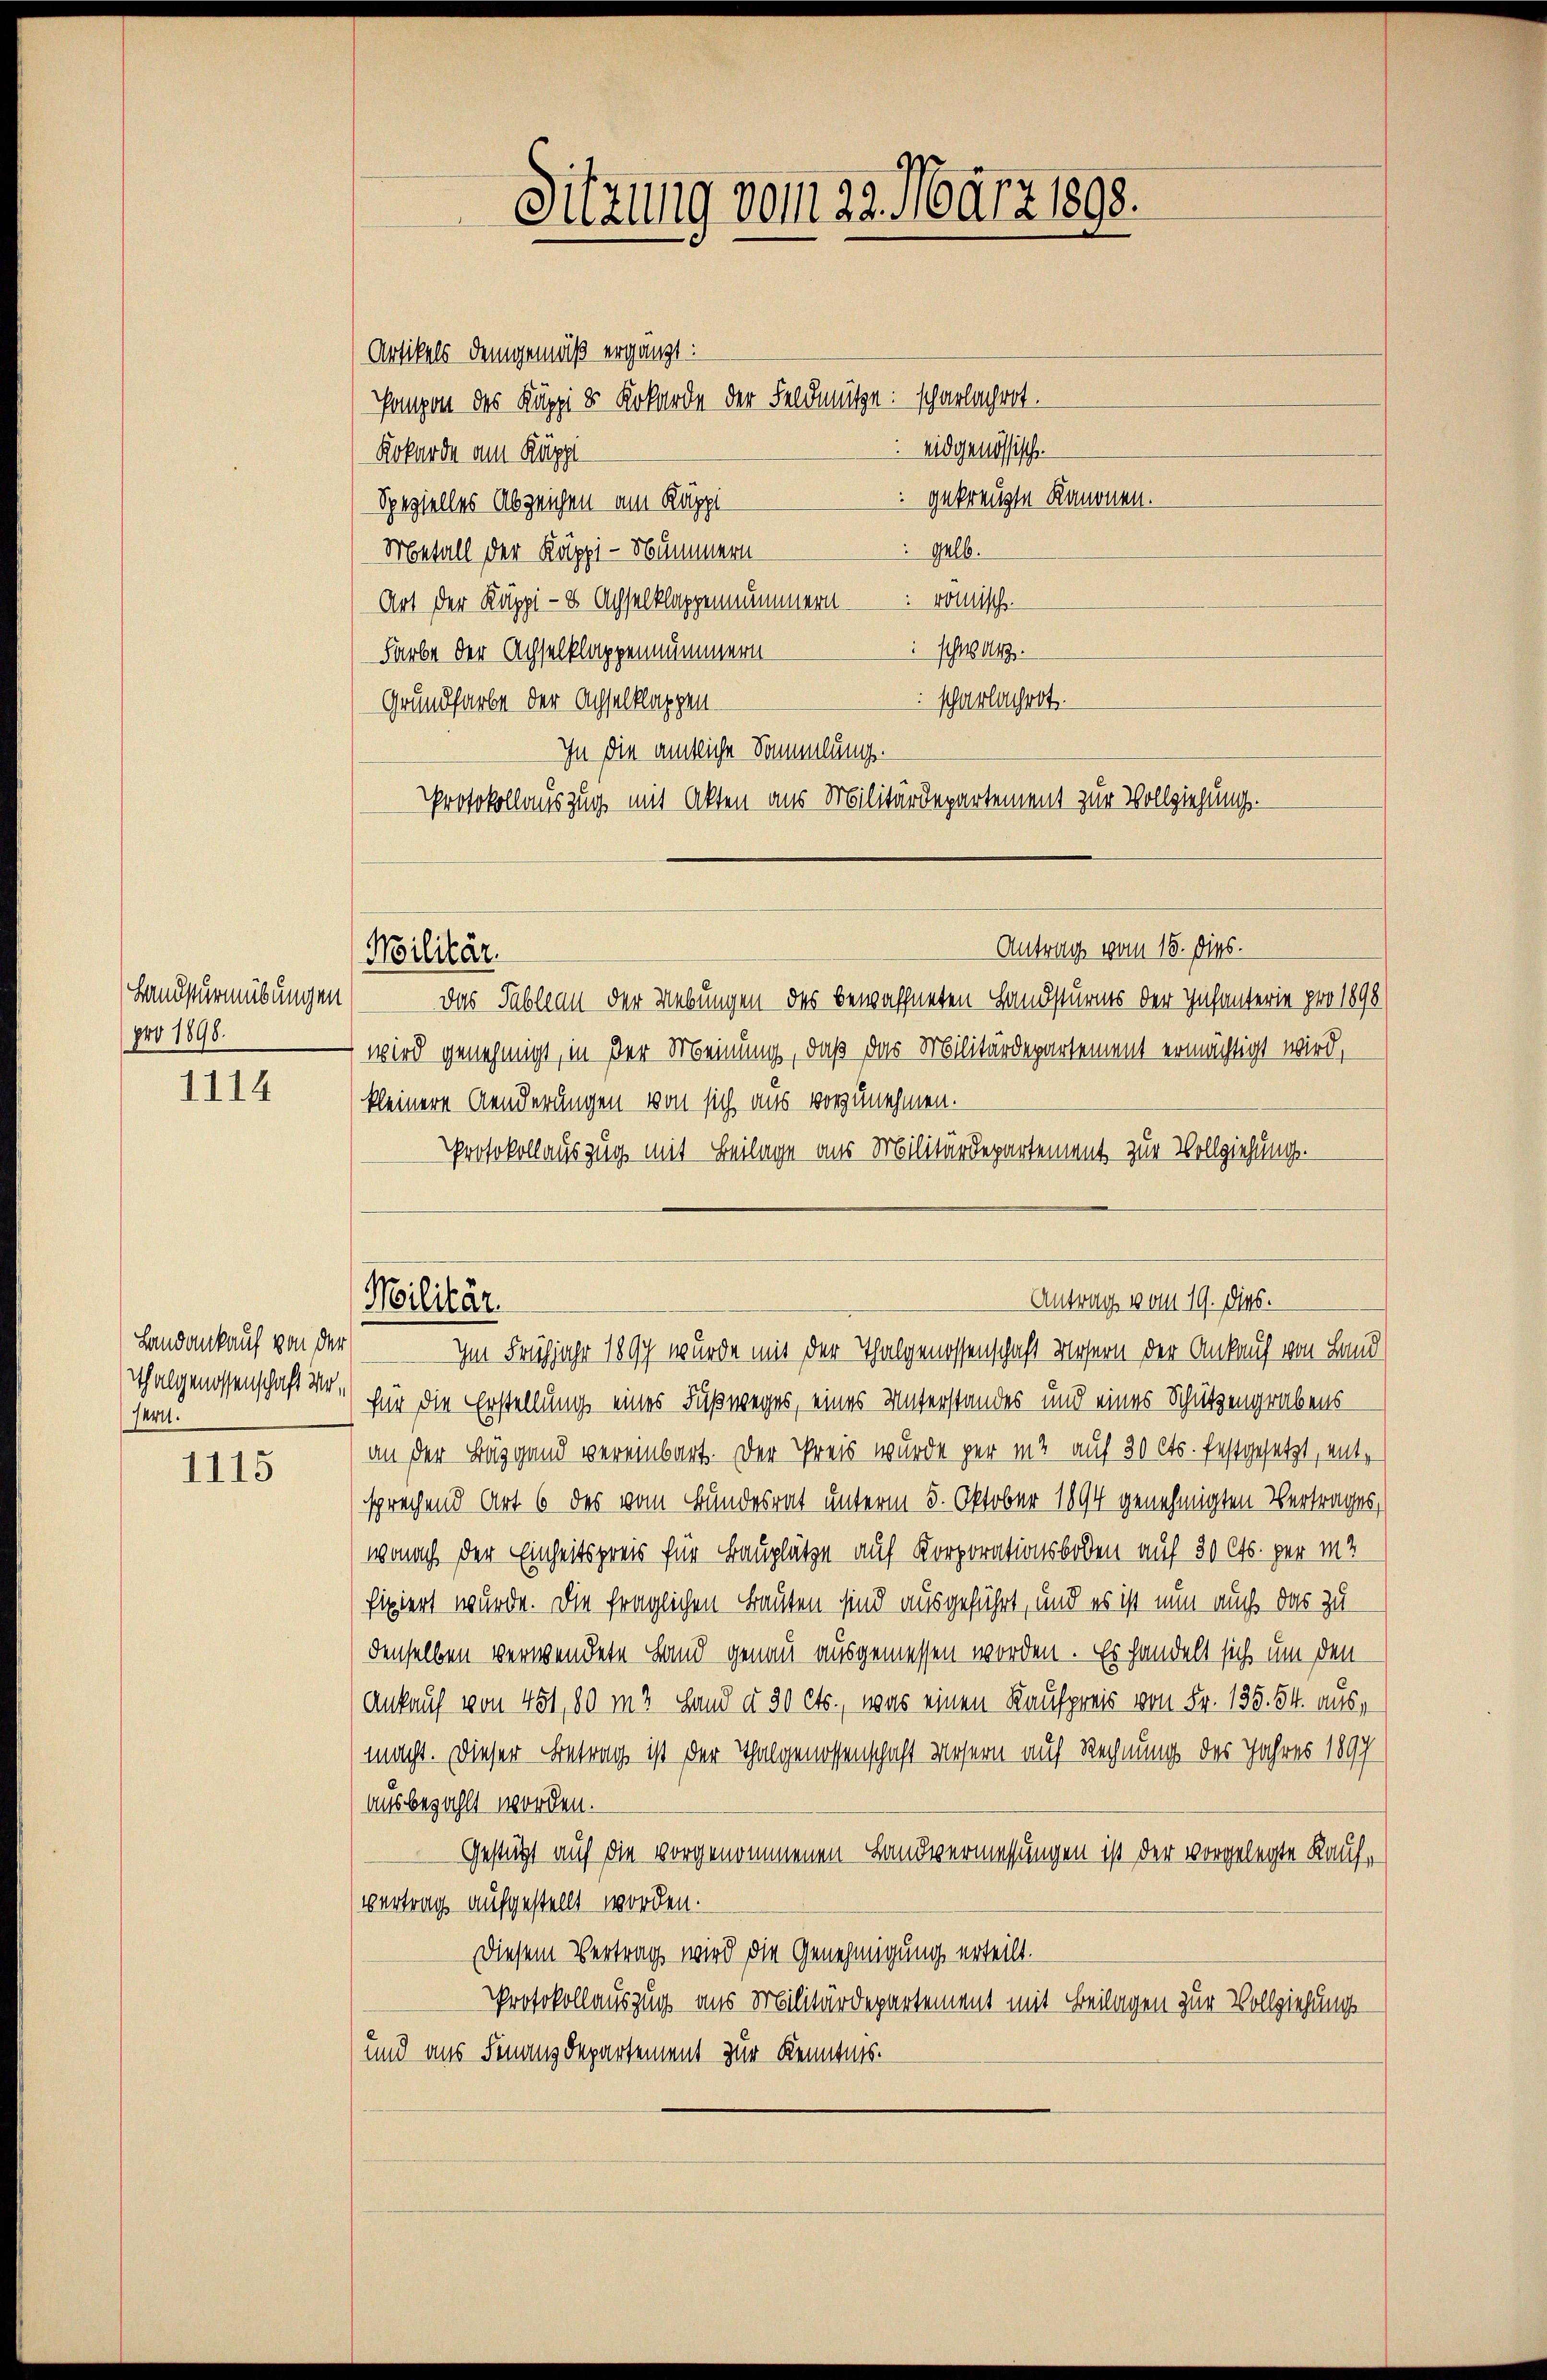
pro 1890.

1114

Landankauf von der
sch abgenossenschaft wesern.

1115

Artikels demgemäß ergänzt:
Pompon des Käppi 8 Kokarde der Feldmüte: scharlachret.
eidgenössische
Kokarde am Räppi
 gekreuzte Kanonen.
Spezielles Abzeichen am Käppi
Gelb.
Metall der Käppi - Nummern
Art der Käppi - 8 Achselklappennummern - romisch
 schwarz.
Farbe der Achselklappennämmern
scharlachert.
Grundfarbe der Achselklappen-
In die amtliche Sammlung.
Protokollauszug mit Akten aus Militärdepartement zur Vollziehung.

Militär.

Militär.

Sitzung vom 23. März 1893.

Antrag vom 15. Dies.
Handsturmübungen) — Das Tableau der Uebungen des bewaffneten Handsturms der Infanterie pro 1898
wird genehmigt, in der Meinung, daß das Militärdepartement ermächtigt wird,
kleinere Aenderungen von sich aus vorzunehmen.
Protokollauszug mit Beilage aus Militärdepartement zur Vollziehung.

Im Frühjahr 1897 wurde mit der Thalgenossenschaft Mosern der Ankauf von Land
für die Erstellung eines Fußweges, eines Unterstandes und eines Schützengrabens
an der Bürgend vereinbart. Der Preis wurde per in auf 30 Cts. festgesetzt, entsprechend Art 6 des vom Bundesrat unterm 5. Oktober 1894 genehmigten Vertrages,
wonach der Einheitspreis für Bauplätze auf Korporationsboden auf 30 Cts. per m
fixiert wurde. Die fraglichen Bauten sind ausgeführt, und es ist nun auch das zu
denselben verwendete Land genau ausgemessen worden. Es handelt sich um den
Ankauf von 451, 80 m 3 Hand d. 30 cts., was einen Kaufpreis von Fr. 135. 54. aus,
macht. Dieser Betrag ist der Thalgenossenschaft Wasern auf Rechnung des Jahres 1897
ausbezahlt worden.
Gestützt auf die vorgenommenen Landvermessungen ist der vorgelegte Kaufvertrag aufgestellt worden.
Diesem Vertrag wird die Genehmigung erteilt.
Protokollauszug aus Militärdepartement mit Beilagen zur Vollziehungs¬
und aus Finanzdepartement zur Kenntnis.

Antrag vom 19. dies.